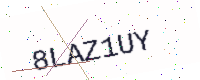
Text: 8LAZ1UY